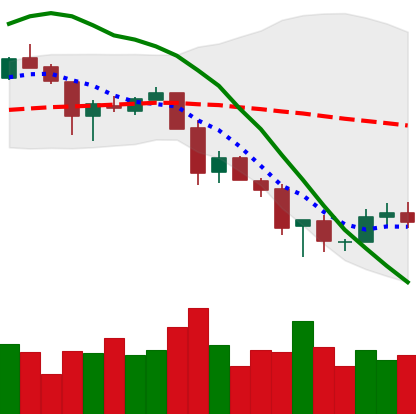
Ticker: XLM-USD
Chart end date: 2018-11-30
Forward return: -14.306%
Label: down_7plus